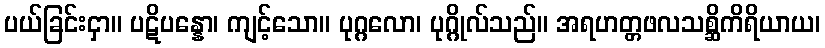
ပယ်ခြင်းငှာ။ ပဋိပန္နော၊ ကျင့်သော။ ပုဂ္ဂလော၊ ပုဂ္ဂိုလ်သည်။ အရဟတ္တဖလသစ္ဆိကိရိယာယ၊